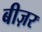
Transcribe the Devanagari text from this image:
बीज़र